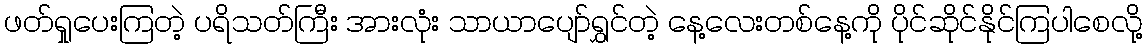
ဖတ်ရှုပေးကြတဲ့ ပရိသတ်ကြီး အားလုံး သာယာပျော်ရွှင်တဲ့ နေ့လေးတစ်နေ့ကို ပိုင်ဆိုင်နိုင်ကြပါစေလို့